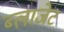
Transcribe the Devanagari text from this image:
ब्लाजेट